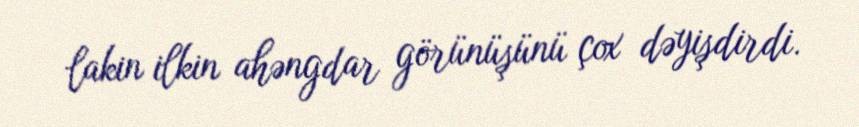
lakin ilkin ahəngdar görünüşünü çox dəyişdirdi.